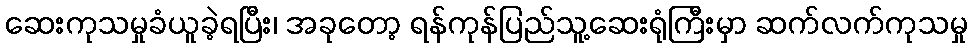
ဆေးကုသမှုခံယူခဲ့ရပြီး၊ အခုတော့ ရန်ကုန်ပြည်သူ့ဆေးရုံကြီးမှာ ဆက်လက်ကုသမှု